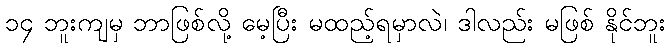
၁၄ ဘူးကျမှ ဘာဖြစ်လို့ မေ့ပြီး မထည့်ရမှာလဲ၊ ဒါလည်း မဖြစ် နိုင်ဘူး